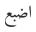
اضبع